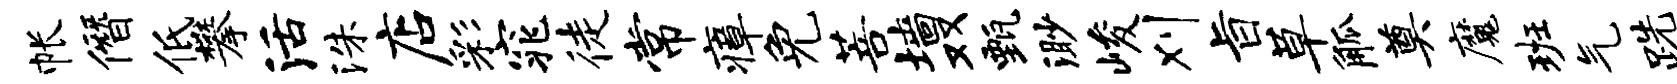
帐僭低攀活洙店彩窕徒常瘴免菩墙双甄渺峻刈旨草觚奠魔班气跣